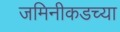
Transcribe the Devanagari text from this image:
जमिनीकडच्या